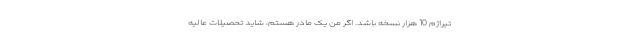
تیراژم 10 هزار نسخه باشد. اگر من یک مادر هستم، شاید تحصیلات عالیه